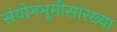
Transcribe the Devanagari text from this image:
संयोगभूमीसारख्या